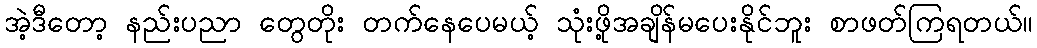
အဲ့ဒီတော့ နည်းပညာ တွေတိုး တက်နေပေမယ့် သုံးဖို့အချိန်မပေးနိုင်ဘူး စာဖတ်ကြရတယ်။